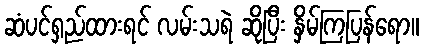
ဆံပင်ရှည်ထားရင် လမ်းသရဲ ဆိုပြီး နှိမ်ကြပြန်ရော။